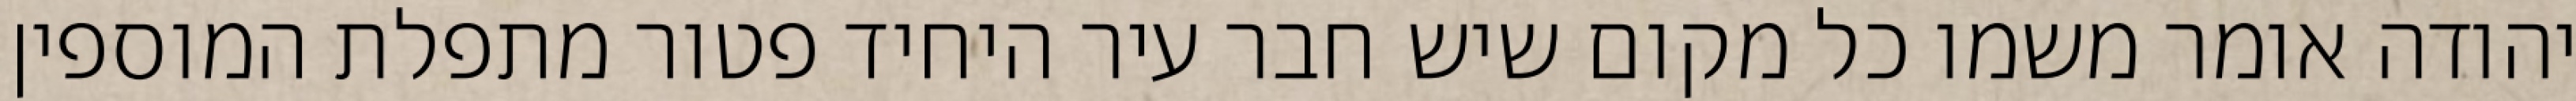
יהודה אומר משמו כל מקום שיש חבר עיר היחיד פטור מתפלת המוספין